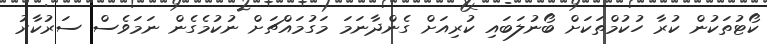
ކޯޓުތަކުން ކުރާ ހުކުމްތަކަށް ބޯނުލަބައި ކުރިއަށް ގެންދާނަމަ މަގުމައްޗަށް ނުކުމެގެން ނަމަވެސް ސަރުކާރު